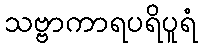
သဗ္ဗာကာရပရိပူရံ